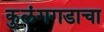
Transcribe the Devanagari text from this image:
कुलंगगडाचा